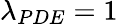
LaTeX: \lambda_{PDE}=1